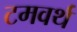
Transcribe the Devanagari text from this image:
टमवर्थ